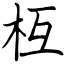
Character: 枑